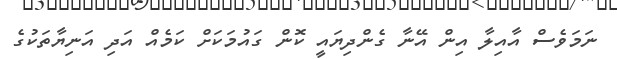
ނަމަވެސް އާއިލާ އިން އޭނާ ގެންދިޔައީ ކޮން ގައުމަކަށް ކަމެއް އަދި އަނިޔާތަކުގެ